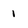
Character: 1